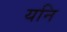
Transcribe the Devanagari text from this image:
यनि